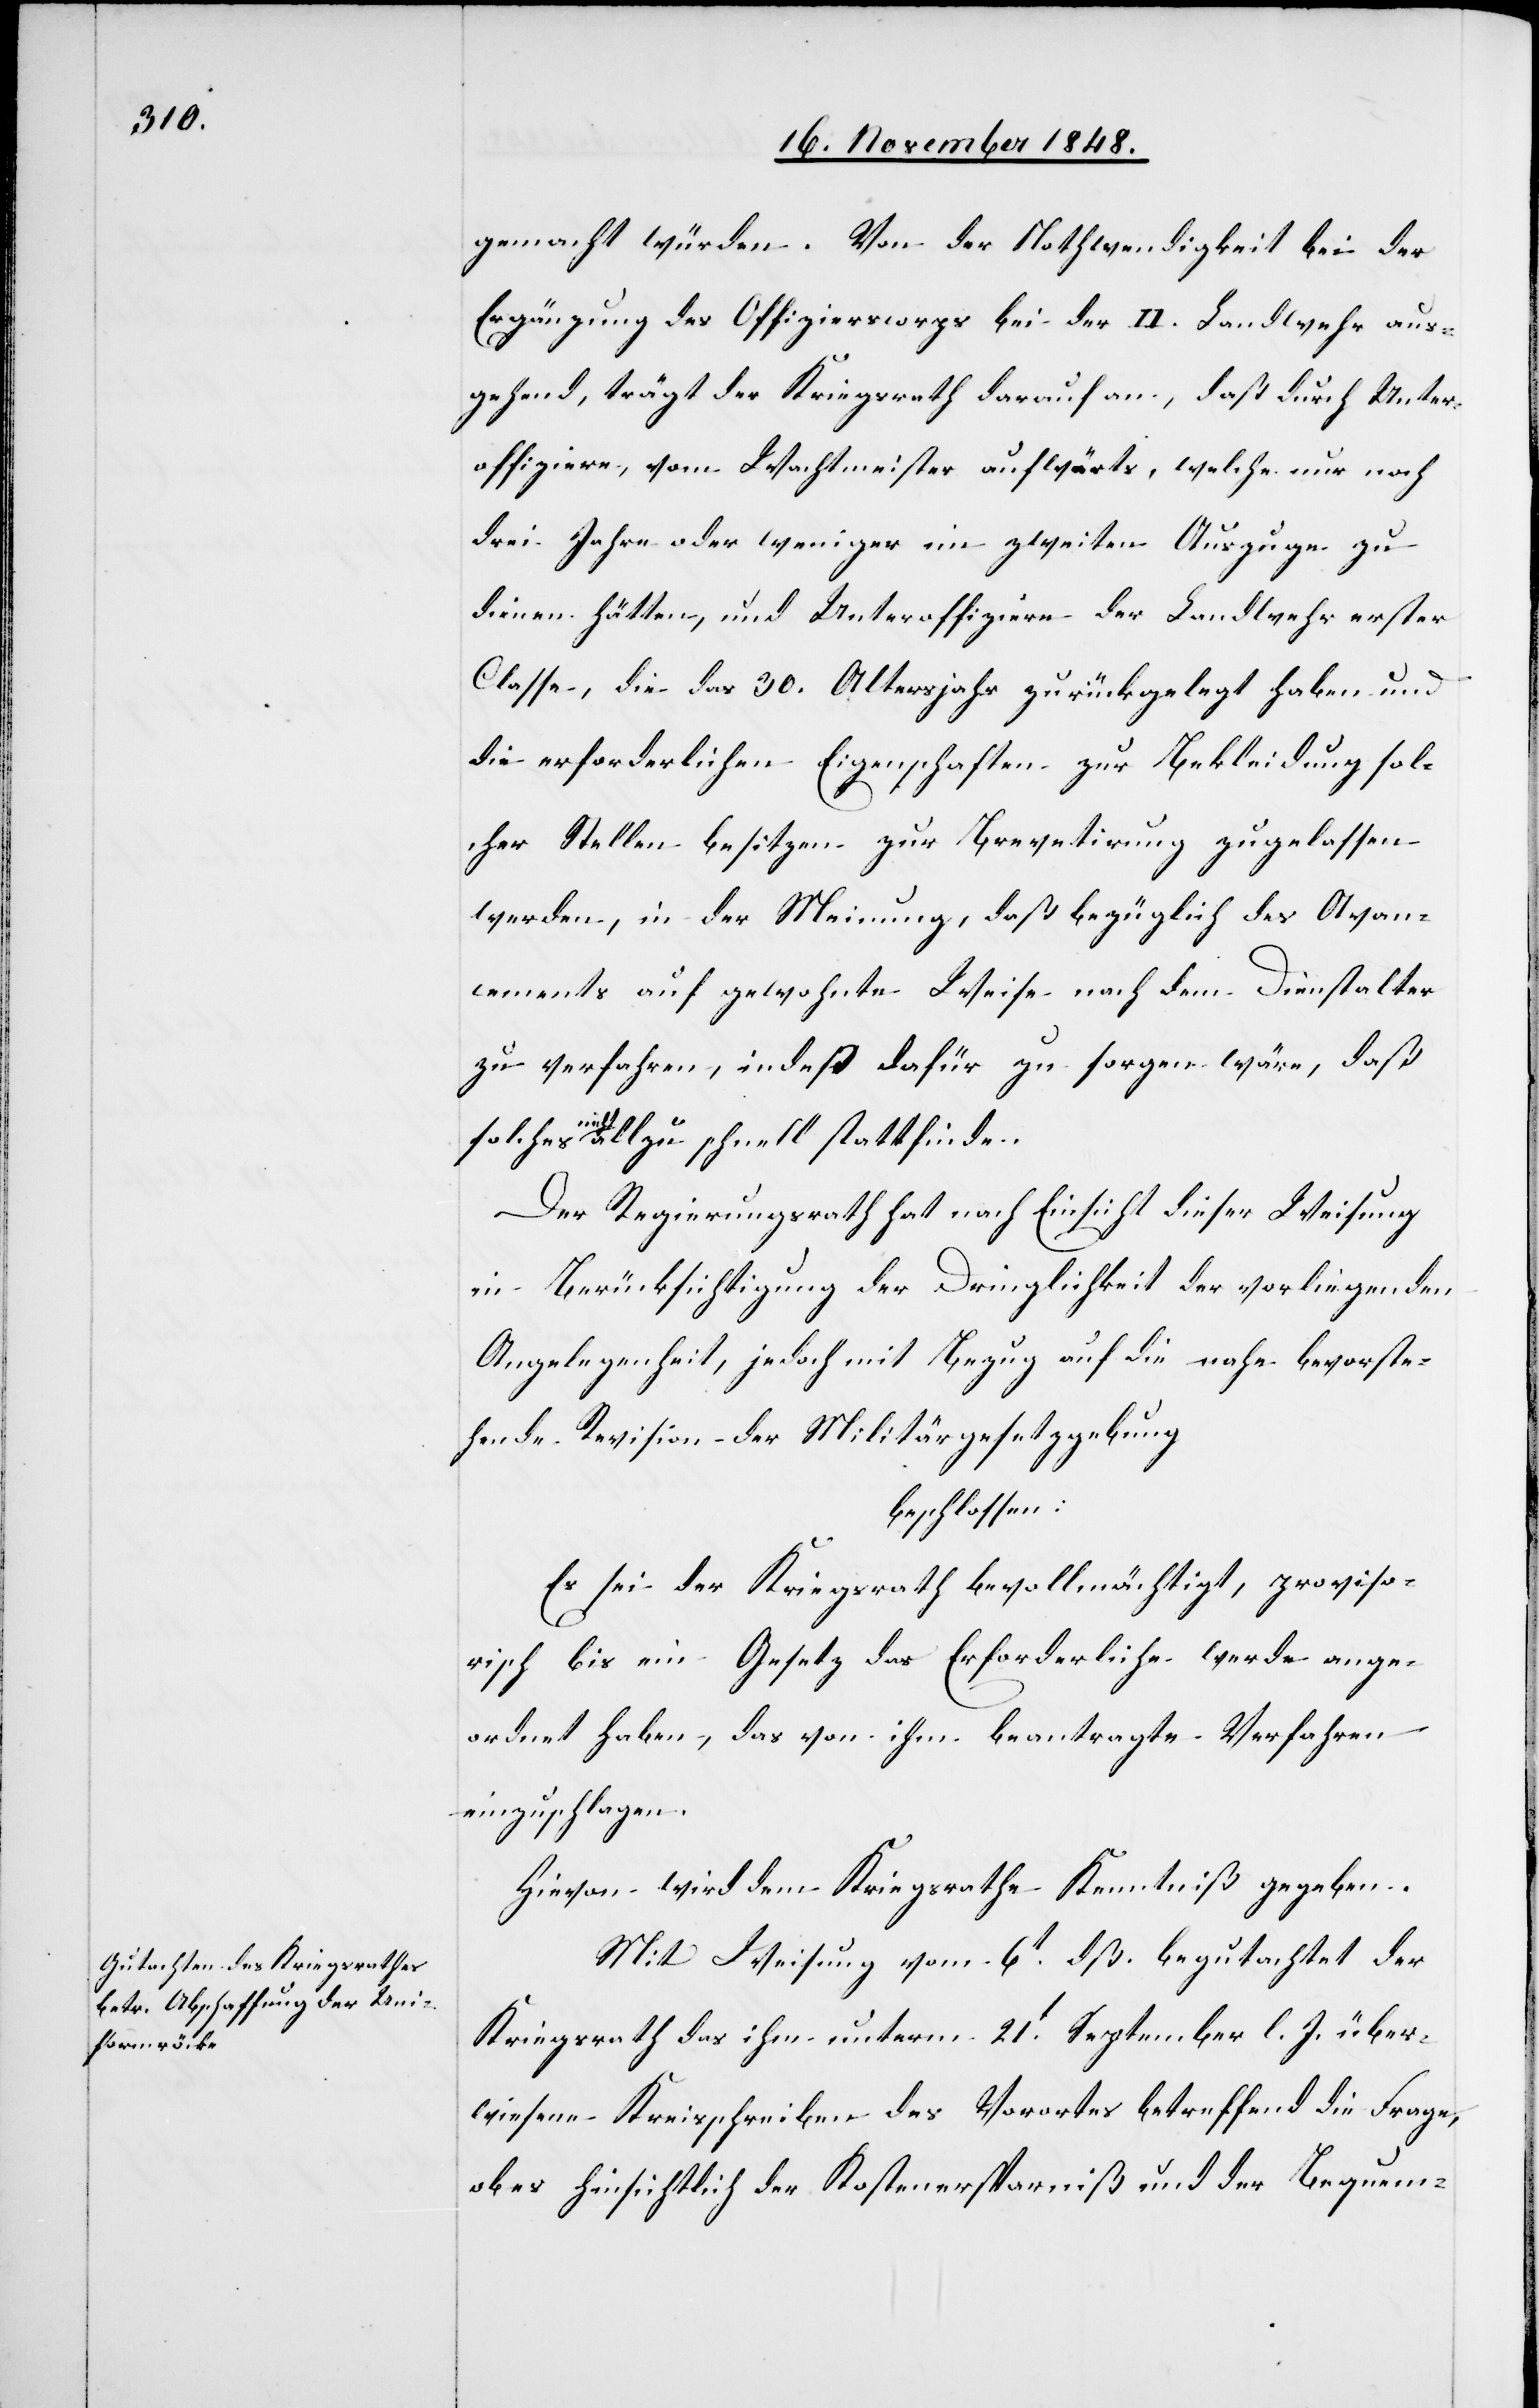
gemacht würden. Von der Nothwendigkeit bei der
Ergänzung des Offizierscorps bei der II. Landwehr aus¬
gehend, trägt der Kriegsrath darauf an, daß durch Unter¬
offiziere, vom Wachtmeister aufwärts, welche nur noch
drei Jahre oder weniger im zweiten Auszuge zu
dienen hätte, und Unteroffiziere der Landwehr erster
Classe, die das 30. Altersjahr zurückgelegt haben und
die erforderlichen Eigenschaften zur Bekleidung sol¬
cher Stellen besitzen zur Brevetirung zugelassen
werden, in der Meinung, daß bezüglich des Avan¬
cements auf gewohnte Weise nach dem Dienstalter
zu verfahren, indeß dafür zu sorgen wäre, daß
nicht allzu schnell stattfinde.
Der Regierungsrath hat nach Einsicht dieser Weisung
in Berücksichtigung der Dringlichkeit der vorliegenden
Angelegenheiten, jedoch mit Bezug auf die nahe bevorste¬
hende Revision der Militärgesetzgebung
beschlossen:
Es sei der Kriegsrath bevollmächtigt, proviso¬
risch bis ein Gesetz das Erforderliche werde ange¬
ordnet haben, das von ihm beantragte Verfahren
einzuschlagen.
Hievon wird dem Kriegsrathe Kenntniß gegeben.
Mit Weisung vom 6t dß. begutachtet der
Kriegsrath das ihm unterm 21t September l. J. über¬
wiesene Kreisschreiben des Vorortes betreffend die Frage,
ob es hinsichtlich der Kostenersparniß und der Bequem-